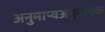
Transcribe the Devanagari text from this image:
अनुमाप्यअनुमापक